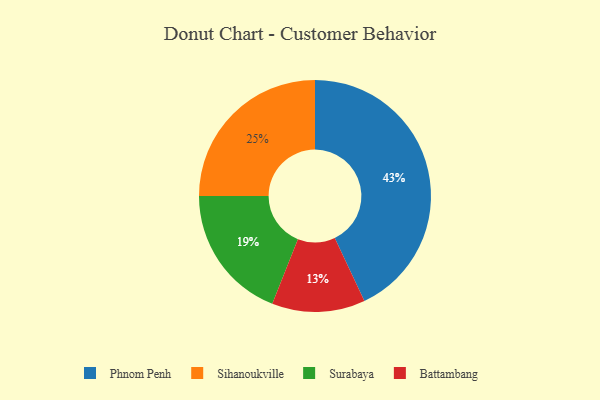
{"axis": {"x": "Category", "y": "Percentage"}, "legend": ["Battambang", "Phnom Penh", "Sihanoukville", "Surabaya"], "data": [{"x": "Sihanoukville", "y": 25, "type": "Sihanoukville"}, {"x": "Surabaya", "y": 19, "type": "Surabaya"}, {"x": "Battambang", "y": 13, "type": "Battambang"}, {"x": "Phnom Penh", "y": 43, "type": "Phnom Penh"}]}